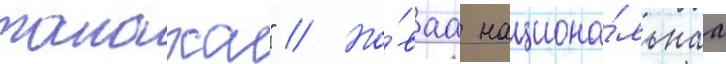
танаха" // Но́ваа национа́льнаа